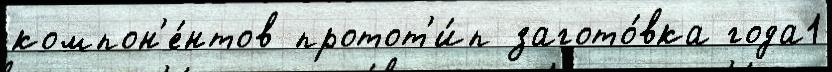
компон'е́нтов протот'и́п загото́вка года1